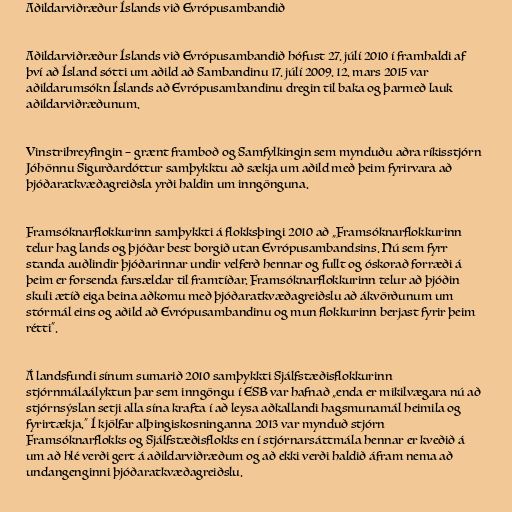
Aðildarviðræður Íslands við Evrópusambandið

Aðildarviðræður Íslands við Evrópusambandið hófust 27. júlí 2010 í framhaldi af
því að Ísland sótti um aðild að Sambandinu 17. júlí 2009. 12. mars 2015 var
aðildarumsókn Íslands að Evrópusambandinu dregin til baka og þarmeð lauk
aðildarviðræðunum.

Vinstrihreyfingin – grænt framboð og Samfylkingin sem mynduðu aðra ríkisstjórn
Jóhönnu Sigurðardóttur samþykktu að sækja um aðild með þeim fyrirvara að
þjóðaratkvæðagreiðsla yrði haldin um inngönguna.

Framsóknarflokkurinn samþykkti á flokksþingi 2010 að „Framsóknarflokkurinn
telur hag lands og þjóðar best borgið utan Evrópusambandsins. Nú sem fyrr
standa auðlindir þjóðarinnar undir velferð hennar og fullt og óskorað forræði á
þeim er forsenda farsældar til framtíðar. Framsóknarflokkurinn telur að þjóðin
skuli ætíð eiga beina aðkomu með þjóðaratkvæðagreiðslu að ákvörðunum um
stórmál eins og aðild að Evrópusambandinu og mun flokkurinn berjast fyrir þeim
rétti“.

Á landsfundi sínum sumarið 2010 samþykkti Sjálfstæðisflokkurinn
stjórnmálaályktun þar sem inngöngu í ESB var hafnað „enda er mikilvægara nú að
stjórnsýslan setji alla sína krafta í að leysa aðkallandi hagsmunamál heimila og
fyrirtækja.” Í kjölfar alþingiskosninganna 2013 var mynduð stjórn
Framsóknarflokks og Sjálfstæðisflokks en í stjórnarsáttmála hennar er kveðið á
um að hlé verði gert á aðildarviðræðum og að ekki verði haldið áfram nema að
undangenginni þjóðaratkvæðagreiðslu.